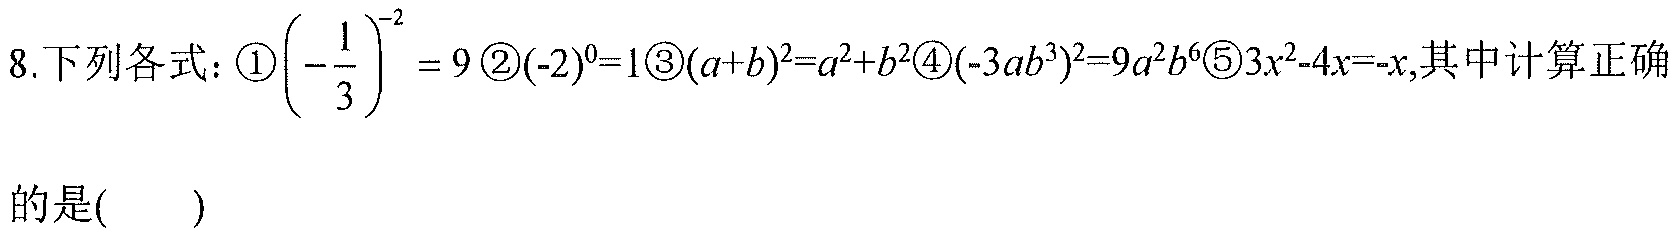
8. 下列各式：\textcircled{1}$\left(-\frac{1}{3}\right)^{-2}=9$ \textcircled{2}$(-2)^{0}=1$ \textcircled{3}$(a + b)^{2}=a^{2}+b^{2}$ \textcircled{4}$(-3ab^{3})^{2}=9a^{2}b^{6}$ \textcircled{5}$3x^{2}-4x=-x$,其中计算正确的是( )